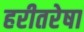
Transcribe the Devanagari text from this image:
हरीतरेषा